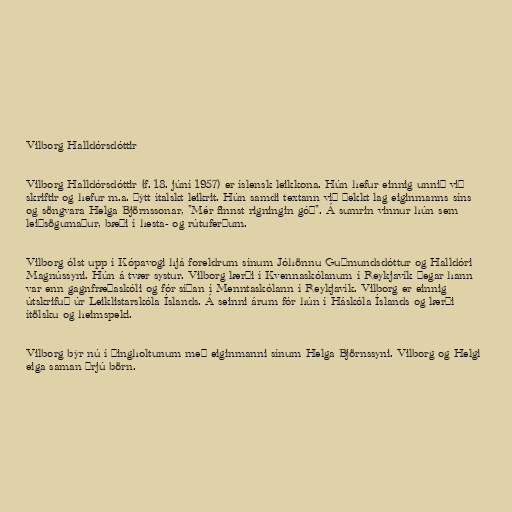
Vilborg Halldórsdóttir

Vilborg Halldórsdóttir (f. 18. júní 1957) er íslensk leikkona. Hún hefur einnig unnið við
skriftir og hefur m.a. þýtt ítalskt leikrit. Hún samdi textann við þekkt lag eiginmanns síns
og söngvara Helga Björnssonar, "Mér finnst rigningin góð". Á sumrin vinnur hún sem
leiðsögumaður, bæði í hesta- og rútuferðum.

Vilborg ólst upp í Kópavogi hjá foreldrum sínum Jóhönnu Guðmundsdóttur og Halldóri
Magnússyni. Hún á tvær systur. Vilborg lærði í Kvennaskólanum í Reykjavík þegar hann
var enn gagnfræðaskóli og fór síðan í Menntaskólann í Reykjavík. Vilborg er einnig
útskrifuð úr Leiklistarskóla Íslands. Á seinni árum fór hún í Háskóla Íslands og lærði
ítölsku og heimspeki.

Vilborg býr nú í Þingholtunum með eiginmanni sínum Helga Björnssyni. Vilborg og Helgi
eiga saman þrjú börn.